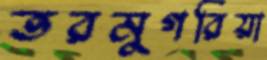
তরমুগরিয়া